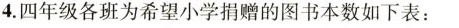
4. 四年级各班为希望小学捐赠的图书本数如下表：